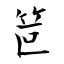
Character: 笸